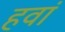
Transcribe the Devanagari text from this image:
हवां